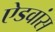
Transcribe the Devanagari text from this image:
ऐडवांस